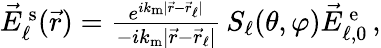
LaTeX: \begin{array}{r}{\vec{E}_{\ell}^{\mathrm{\, s}}(\vec{r})=\frac{e^{ik_{\mathrm{m}}|\vec{r}-\vec{r}_{\ell}|}}{-ik_{\mathrm{m}}|\vec{r}-\vec{r}_{\ell}|}\, S_{\ell}(\theta,\varphi)\vec{E}_{\ell,0}^{\mathrm{\, e}}\, \! \! \, \! \, \, \! \, \, \! \! \, \! \, \, \! \! \, \! \! \, \! \, \, \! \! \, \! \! \, \! \, \, \! \, \, \! \! \, \! \, \, \! \! \, \! \! \, \! \, \, \! \, \, \! \! \, \! \, \, \! \, \, \! \! \, \! \, \, \! \! \, \! \! \, \! \, \, \! \, \, \! \! \, \! \, \, \! \, \, \! \! ,}\end{array}